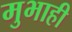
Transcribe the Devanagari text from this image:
मुभाही